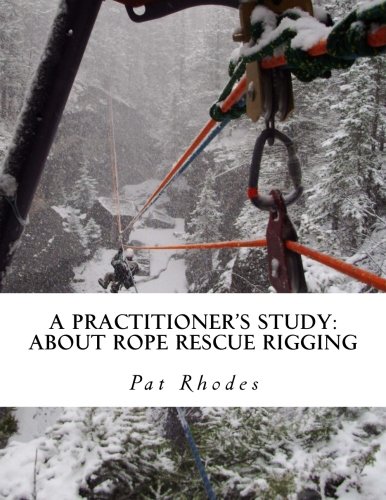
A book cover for A Practitioner's Study: About Rope Rescue Rigging; Pat Rhodes; Education & Teaching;